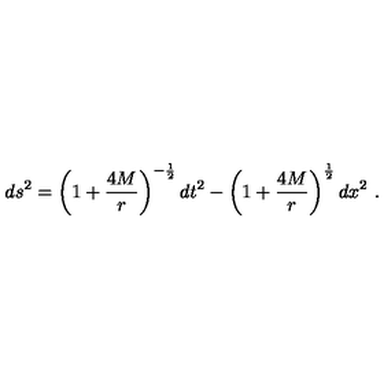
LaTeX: d s ^ { 2 } = \left( 1 + { \frac { 4 M } { r } } \right) ^ { - { \frac { 1 } { 2 } } } d t ^ { 2 } - \left( 1 + { \frac { 4 M } { r } } \right) ^ { \frac { 1 } { 2 } } d x ^ { 2 } \ .